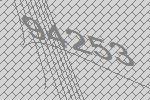
94253